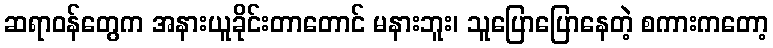
ဆရာဝန်တွေက အနားယူခိုင်းတာတောင် မနားဘူး၊ သူပြောပြောနေတဲ့ စကားကတော့